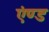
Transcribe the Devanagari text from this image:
एंण्ड